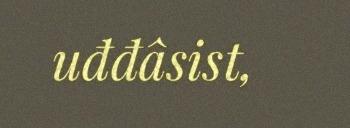
uđđâsist,